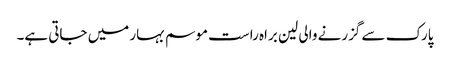
پارک سے گزرنے والی لین براہ راست موسم بہار میں جاتی ہے۔